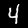
Digit: 4